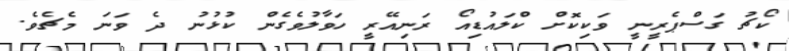
ކޯޗު ގަސްޕެރީނީ ވަކިކޮށް ކްލައުޑިއޯ ރަނިއޭރީ ހަވާލުވެގެން ކުޅުނު ދެ ވަނަ މެޗެވެ.